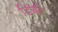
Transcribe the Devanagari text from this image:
डिंकी